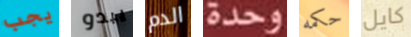
يجب يبدو الدم وحدة حكمه كايل